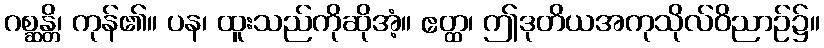
ဂစ္ဆန္တိ၊ ကုန်၏။ ပန၊ ထူးသည်ကိုဆိုအံ့။ ဧတ္ထ၊ ဤဒုတိယအကုသိုလ်ဝိညာဉ်၌။